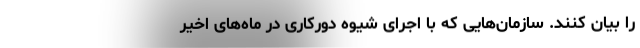
را بیان کنند. سازمان‌هایی که با اجرای شیوه دورکاری در ماه‌های اخیر